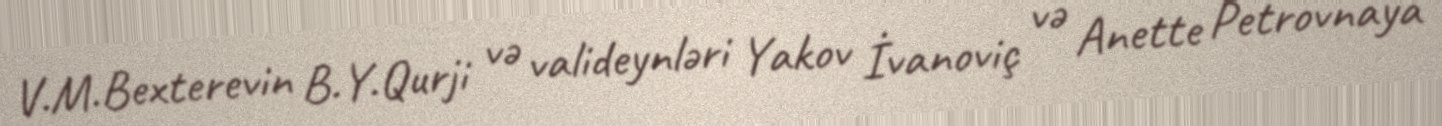
V.M.Bexterevin B.Y.Qurji və valideynləri Yakov İvanoviç və Anette Petrovnaya